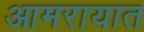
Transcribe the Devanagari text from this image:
आमरायात